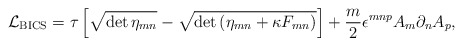
\begin{align*} {\cal L}_{\rm BICS} = \tau \left[ \sqrt{\det \eta_{mn}} - \sqrt{\det \left(\eta_{mn} + \kappa F_{mn}\right)} \right] + \frac{m}{2} \epsilon^{mnp} A_m \partial_n A_p,\end{align*}